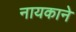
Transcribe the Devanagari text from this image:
नायकाने